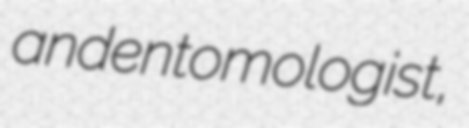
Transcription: and entomologist,